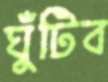
ঘুঁটিব